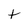
Character: t